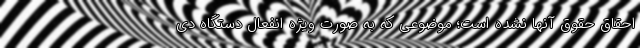
احقاق حقوق آنها نشده است؛ موضوعی که به صورت ویژه انفعال دستگاه دی